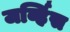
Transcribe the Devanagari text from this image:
जर्व्हिस